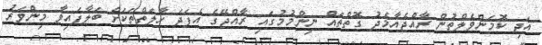
އަދި ކޮމަންވެލްތުން ރާއްޖެއާމެދު ގޮތްތައް ނިންމުމުގައި ރާއްޖޭގެ އެފަދަ ހާލަތްތަކަށް ބަލާފައިވާ މިންވަރު